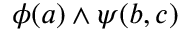
\phi ( a ) \land \psi ( b , c )